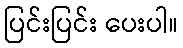
ပြင်းပြင်း ပေးပါ။